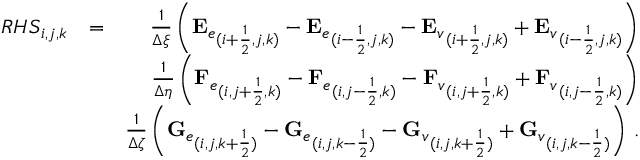
\begin{array} { r l r } { { R H S } _ { i , j , k } } & { = } & { \frac { 1 } { \Delta \xi } \left( { \mathbf { E } _ { e } } _ { ( i + \frac { 1 } { 2 } , j , k ) } - { \mathbf { E } _ { e } } _ { ( i - \frac { 1 } { 2 } , j , k ) } - { \mathbf { E } _ { v } } _ { ( i + \frac { 1 } { 2 } , j , k ) } + { \mathbf { E } _ { v } } _ { ( i - \frac { 1 } { 2 } , j , k ) } \right) } \\ & { } & { \frac { 1 } { \Delta \eta } \left( { \mathbf { F } _ { e } } _ { ( i , j + \frac { 1 } { 2 } , k ) } - { \mathbf { F } _ { e } } _ { ( i , j - \frac { 1 } { 2 } , k ) } - { \mathbf { F } _ { v } } _ { ( i , j + \frac { 1 } { 2 } , k ) } + { \mathbf { F } _ { v } } _ { ( i , j - \frac { 1 } { 2 } , k ) } \right) } \\ & { } & { \frac { 1 } { \Delta \zeta } \left( { \mathbf { G } _ { e } } _ { ( i , j , k + \frac { 1 } { 2 } ) } - { \mathbf { G } _ { e } } _ { ( i , j , k - \frac { 1 } { 2 } ) } - { \mathbf { G } _ { v } } _ { ( i , j , k + \frac { 1 } { 2 } ) } + { \mathbf { G } _ { v } } _ { ( i , j , k - \frac { 1 } { 2 } ) } \right) \, \mathrm { . } } \end{array}